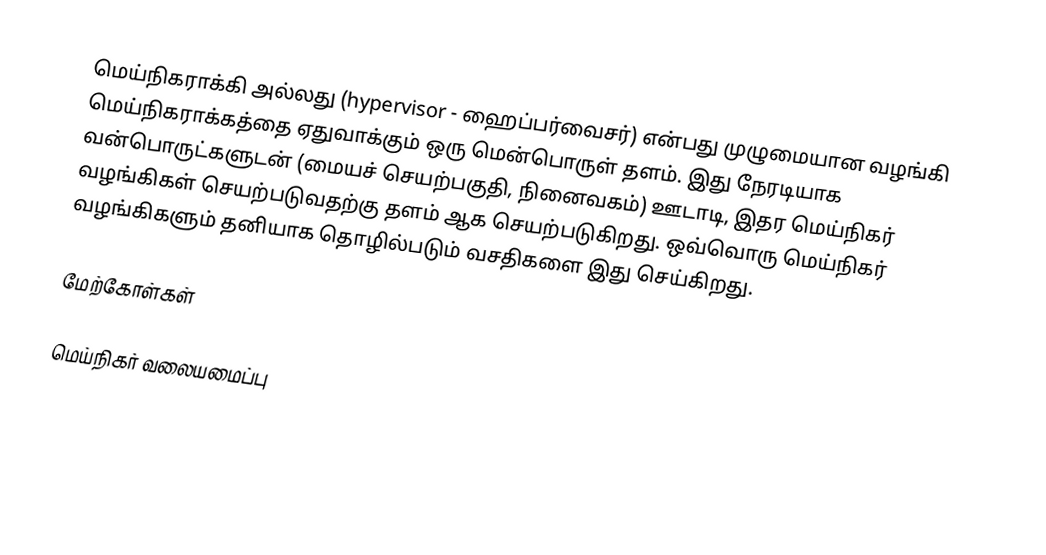
மெய்நிகராக்கி அல்லது (hypervisor - ஹைப்பர்வைசர்) என்பது முழுமையான வழங்கி மெய்நிகராக்கத்தை ஏதுவாக்கும் ஒரு மென்பொருள் தளம்.  இது நேரடியாக வன்பொருட்களுடன் (மையச் செயற்பகுதி, நினைவகம்) ஊடாடி, இதர மெய்நிகர் வழங்கிகள் செயற்படுவதற்கு தளம் ஆக செயற்படுகிறது.  ஒவ்வொரு மெய்நிகர் வழங்கிகளும் தனியாக தொழில்படும் வசதிகளை இது செய்கிறது.

மேற்கோள்கள்

மெய்நிகர் வலையமைப்பு